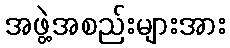
အဖွဲ့အစည်းများအား